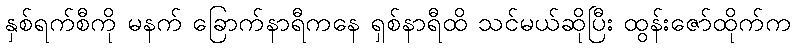
နှစ်ရက်စီကို မနက် ခြောက်နာရီကနေ ရှစ်နာရီထိ သင်မယ်ဆိုပြီး ထွန်းဇော်ထိုက်က